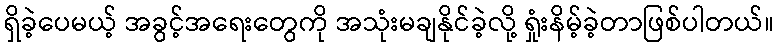
ရှိခဲ့ပေမယ့် အခွင့်အရေးတွေကို အသုံးမချနိုင်ခဲ့လို့ ရှုံးနိမ့်ခဲ့တာဖြစ်ပါတယ်။